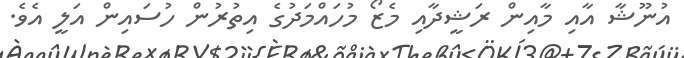
އުނޫޝާ އާއި މާއިން ރަޝީދާއި މެޒޯ މުހައްމަދުގެ އިތުރުން ހުސައިން އަލީ އެވެ.